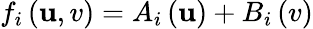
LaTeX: f_{i}\left(\mathbf{u},v\right)=A_{i}\left(\mathbf{u}\right)+B_{i}\left(v\right)